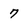
Character: 7